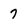
Character: 7